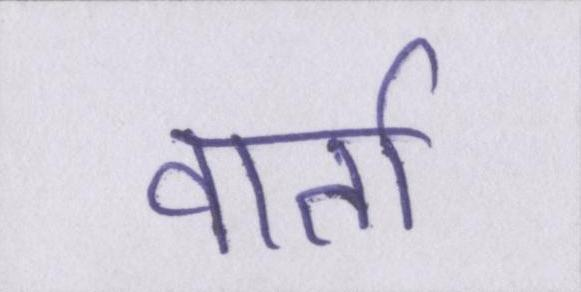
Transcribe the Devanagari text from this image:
वार्ता